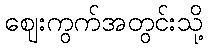
ဈေးကွက်အတွင်းသို့